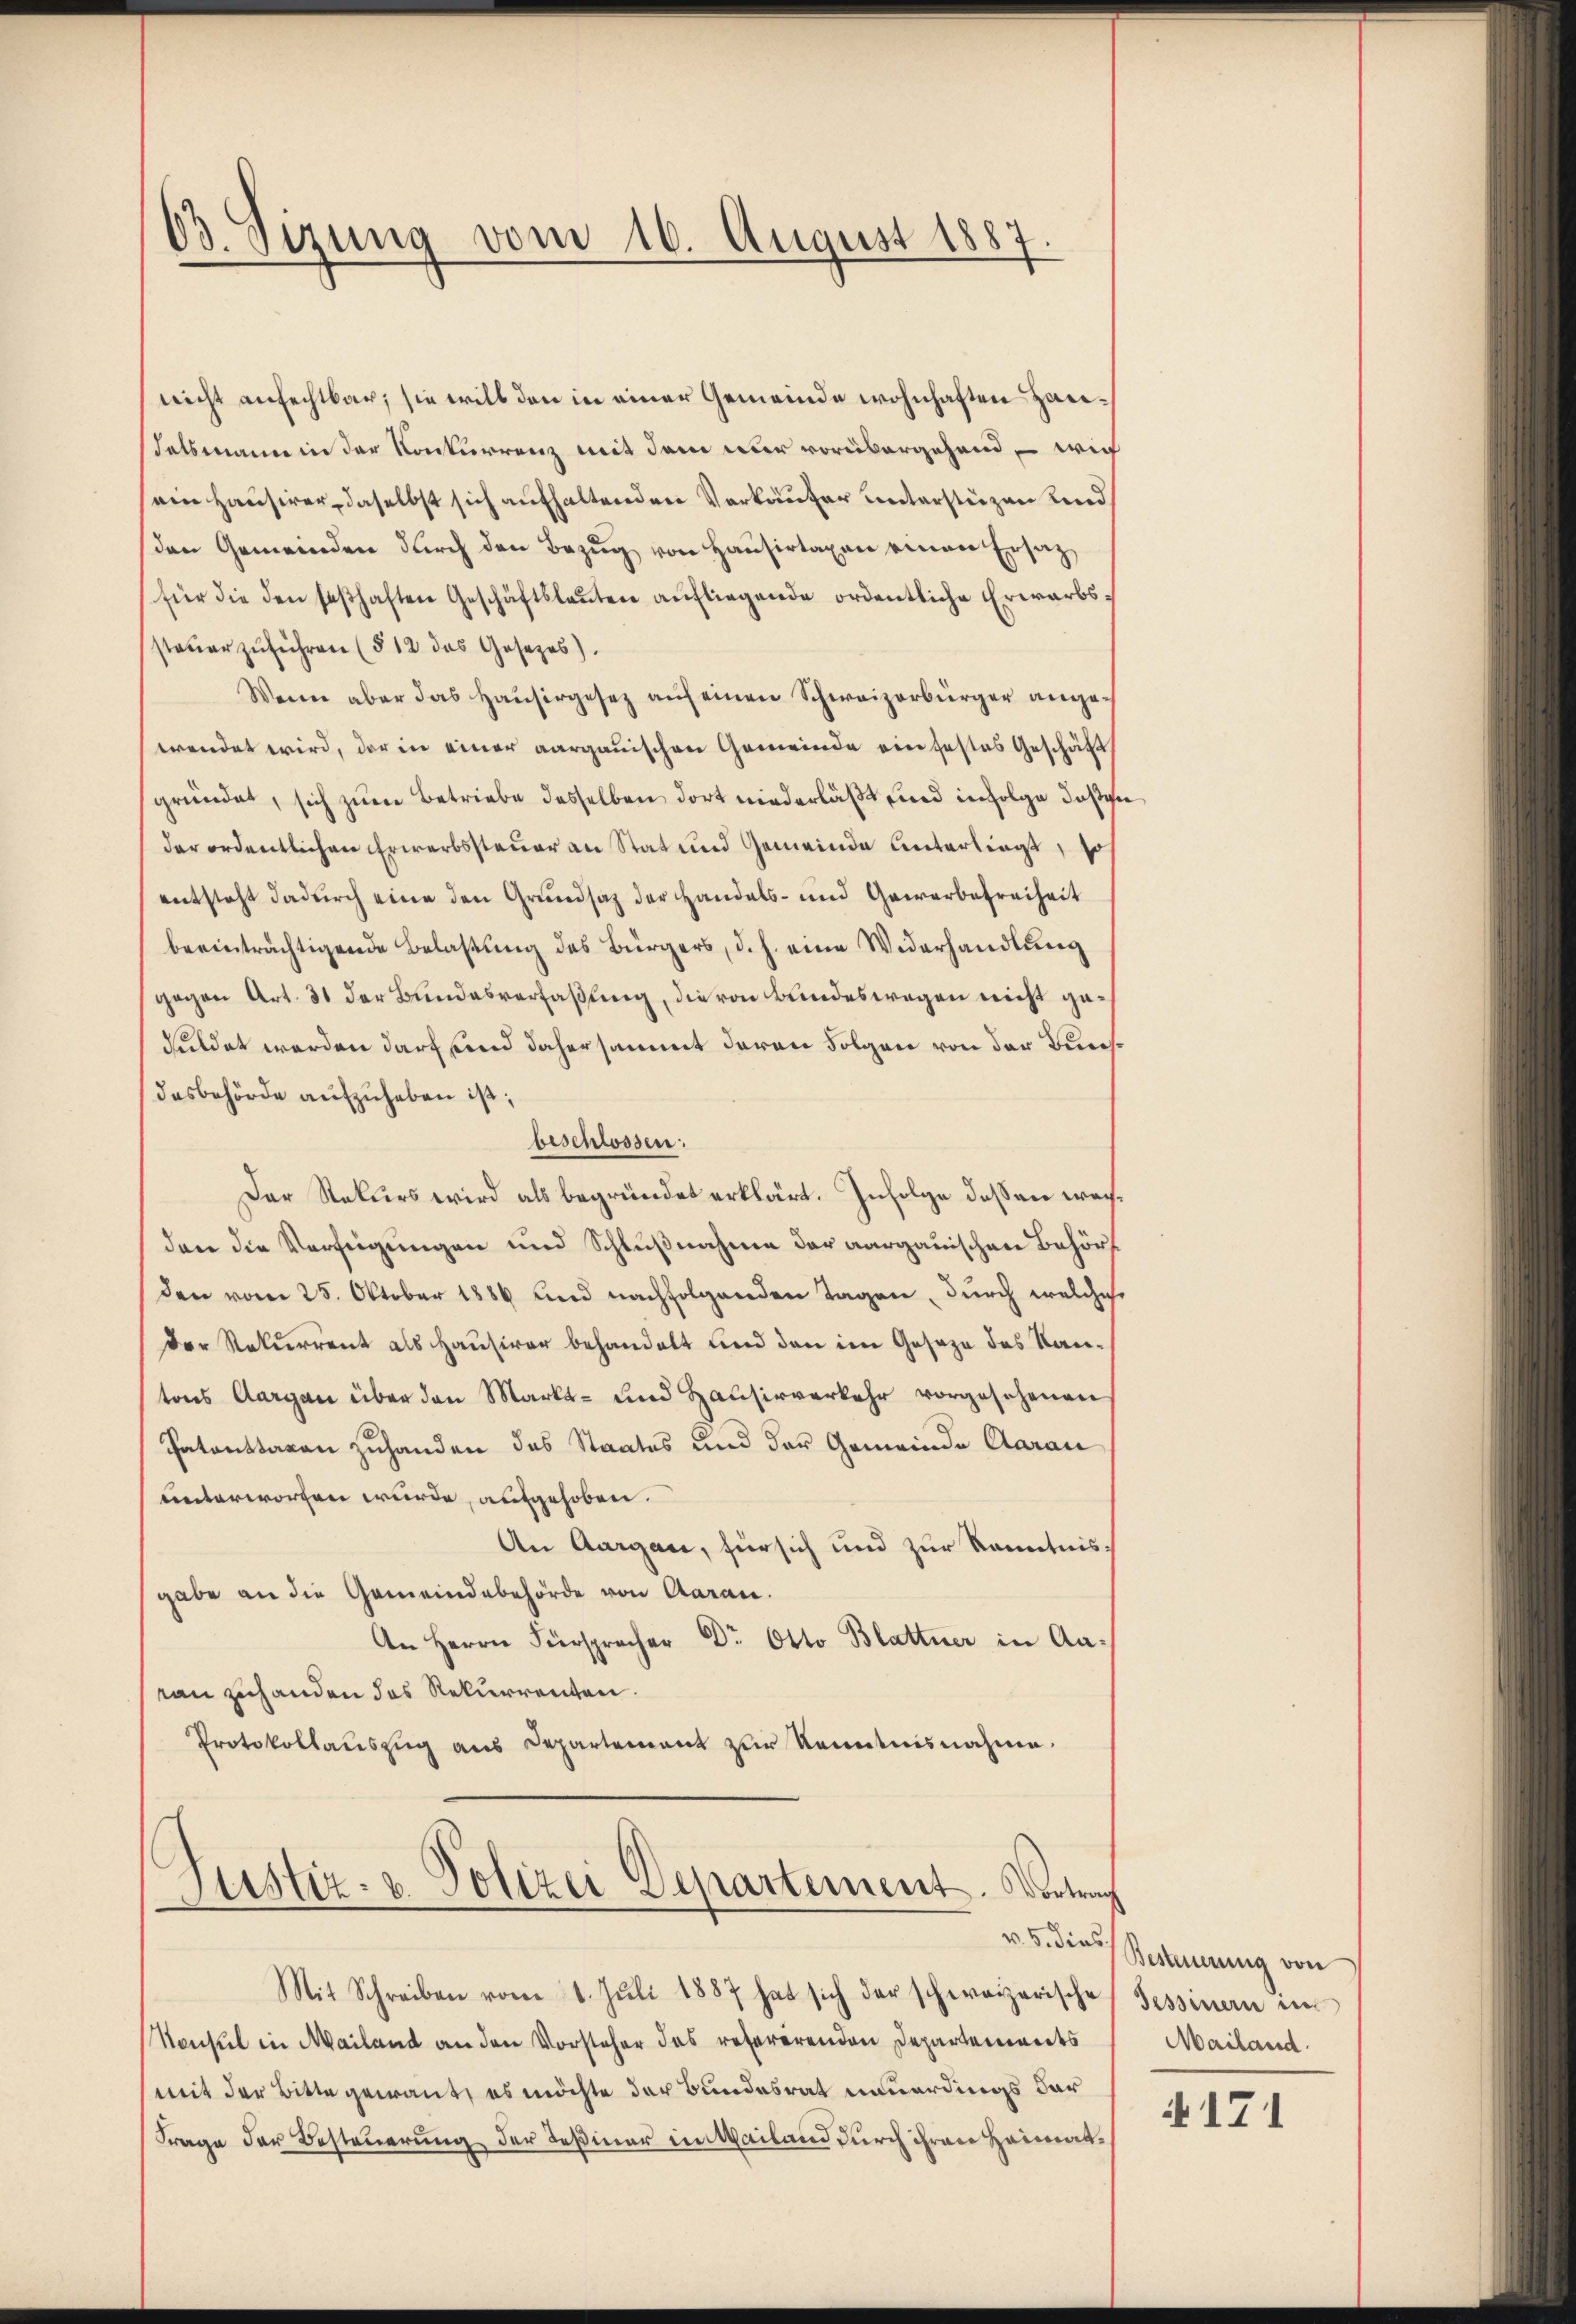
63. Sizung vom 16. August 1887.

nicht anfechtbar; sie will den in einer Gemeinde wohnhaften Haudelsmann in der Konkurrenz mit dem nur vorübergehend – wie
ein Hausirer, daselbst sich aufhaltenden Verkäufer unterstüzen und
(den Gemeinden durch den Bezug von Hausirtaxen einen Ersatz
für die den seßhaften Geschäftsleuten aufliegende ordentliche Erwarbssteŭerzŭführen (§ 12 das Gesetzes).
Wenn aber das Haŭsergesez aŭf einen Schweizerbürger ange-
wendet wird, der in einer aargauischen Gemeinde ein festes Geschäft
gründet, sich zum Betriebe desselben dort niederläßt und infolge daß e
derordentlichen Erwerbssteuer an Stat und Gemeinde Unterliegt, so
entsteht dadurch eine den Grundsatz der Handels- und Gewerbefreiheit
beeinträchtigende Belastung des Bürgers, d. h. eine Widerhandlung
gegen Art. 31 der Bundesverfaßung, die von Bundeswegen nicht geduldet werden darf und dahersammt deren Folgen von der Bunsdasbehörde aufzuheben ist;
beschlossen:
Der Rekurs wird als begründet erklärt. Infolge deßen weiden die Verfügungen und Schlußnahme der aargauischen Behörden vom 25. Oktober 1886 und nachfolgenden Tagen, durch welches
Der Rekurrent als Hausirer behandelt und den im Geseze des Kantons Aargau über den Markt- und Hausirverkehr vorgesehenen
Patanttaxen zuhanden das Staates und der Gemeinde Aarau
unterworfen wurde, aufgehoben.
An Aargau, für sich und zur Kenntnisgabe an die Gemeindebehörde von Aarau
An Herrn Fürspracher Dr. Otto Blattner in Aavon zuhanden des Rekurrenten.
Protokollauszug aus Departement zur Kenntnisnahme.

Justiz- u. Polizei Departement. Vortrag

Mit Schreiben vom 1. Jŭli 1887 hat sich der schweizerische Tessinen in
Nonsul in Mailand an den Vorsteher das referirenden Departements
mit der Bitte gewant, es möchte der Bundesrat neuerdings dar¬
Frage der Besteuerung der Teßiner im Mailand durch ihren Heimat¬

v. 5. dies Besteuerung von
Mailand.

4171